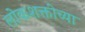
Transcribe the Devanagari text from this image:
लोकशक्तीच्या